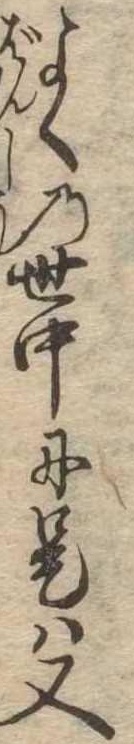
よくの世中に是は又